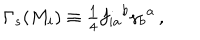
LaTeX: \Gamma _ { s } ( M _ { i } ) \equiv { \textstyle \frac { 1 } { 4 } } f _ { i a } { } ^ { b } \gamma _ { b } { } ^ { a } \, ,